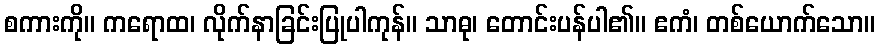
စကားကို။ ကရောထ၊ လိုက်နာခြင်းပြုပါကုန်။ သာဓု၊ တောင်းပန်ပါ၏။ ဧကံ၊ တစ်ယောက်သော။